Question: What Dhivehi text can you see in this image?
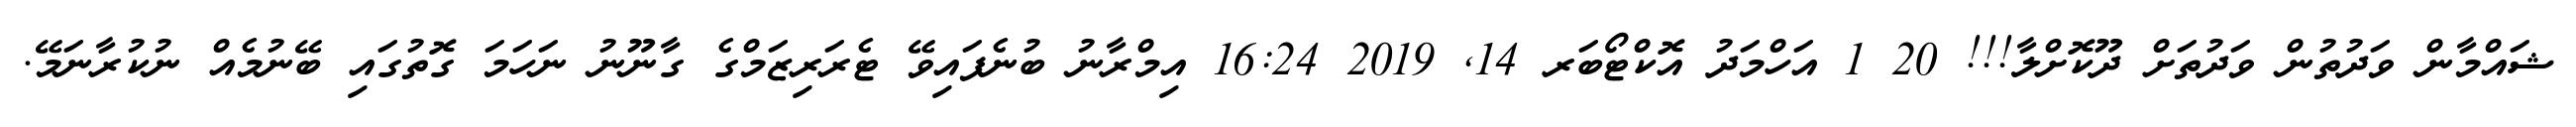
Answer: ޝައްމާން ވަދުތުން ވަދުތަށް ދޫކޮށްލާ!!! 20 1 އަހްމަދު އޮކްޓޯބަރ 14, 2019 16:24 އިމްރާނު ބުނެފައިވޭ ޓެރަރިޒަމްގެ ގާނޫނު ނަހަމަ ގޮތުގައި ބޭނުމެއް ނުކުރާނަމޭ.